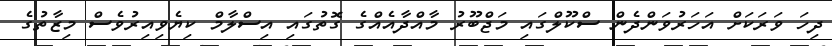
ދިހަ ވަރަކަށް އަހަރުވަންދެން ސްކޫލްގައި މަޖްބޫރު މާއްދާއެއްގެ ގޮތުގައި އިސްލާމް ކިޔެވިއިރުވެސް މިޒާތުގެ